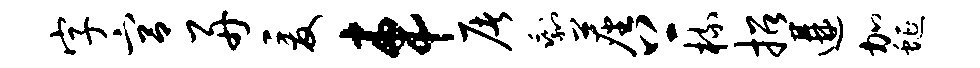
字宫舟爰车屠剩尘上梳招遘加蜒